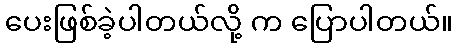
ပေးဖြစ်ခဲ့ပါတယ်လို့ က ပြောပါတယ်။